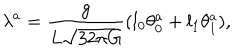
LaTeX: \lambda ^ { a } = \frac { g } { L \sqrt { 3 2 \pi G } } ( l _ { 0 } \theta _ { 0 } ^ { a } + l _ { 1 } \theta _ { 1 } ^ { a } ) ,